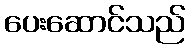
ပေးဆောင်သည်